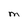
Character: M